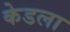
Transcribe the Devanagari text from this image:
केडला